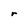
Character: r